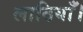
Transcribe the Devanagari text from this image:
लाठियाँ।